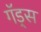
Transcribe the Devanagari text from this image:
गॅड्स